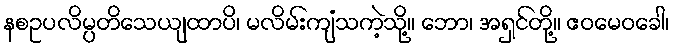
နစဥပလိမ္ပတိသေယျထာပိ၊ မလိမ်းကျံသကဲ့သို့။ ဘော၊ အရှင်တို့။ ဧဝမေဝခေါ၊